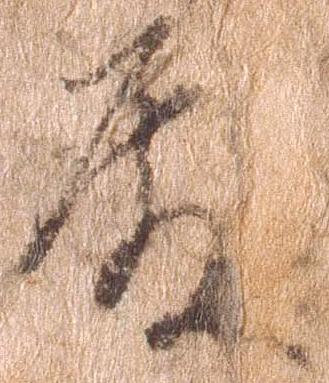
殿